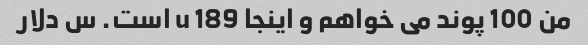
من 100 پوند می خواهم و اینجا 189 u است. س دلار